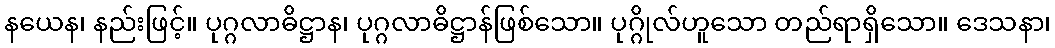
နယေန၊ နည်းဖြင့်။ ပုဂ္ဂလာဓိဋ္ဌာန၊ ပုဂ္ဂလာဓိဋ္ဌာန်ဖြစ်သော။ ပုဂ္ဂိုလ်ဟူသော တည်ရာရှိသော။ ဒေသနာ၊